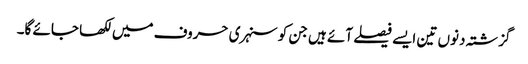
گزشتہ دنوں تین ایسے فیصلے آئے ہیں جن کو سنہری حروف میں لکھا جائے گا۔